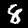
Digit: 8